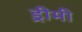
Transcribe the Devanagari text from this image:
ड्रीमी